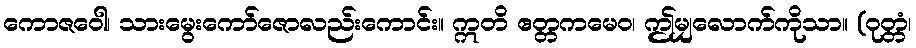
ကောဇဝေါ၊ သားမွေးကော်ဇောလည်းကောင်း။ ဣတိ ဧတ္တကမေဝ၊ ဤမျှလောက်ကိုသာ။ (ဝုတ္တံ၊